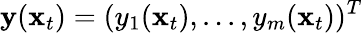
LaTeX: \mathbf y(\mathbf x_{t})=(y_{1}(\mathbf x_{t}),...,y_{m}(\mathbf x_{t}))^{T}